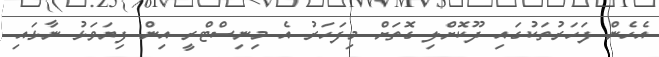
އެހެން ފަހަރުތަކުގައި ދޫކޮށްލި ގޮތަށް މިފަހަރު އެ މިނިސްޓްރީ އިން ފިޔަވަޅު ނާޅައި